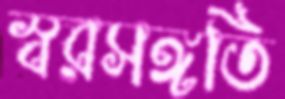
স্বরসঙ্গতি